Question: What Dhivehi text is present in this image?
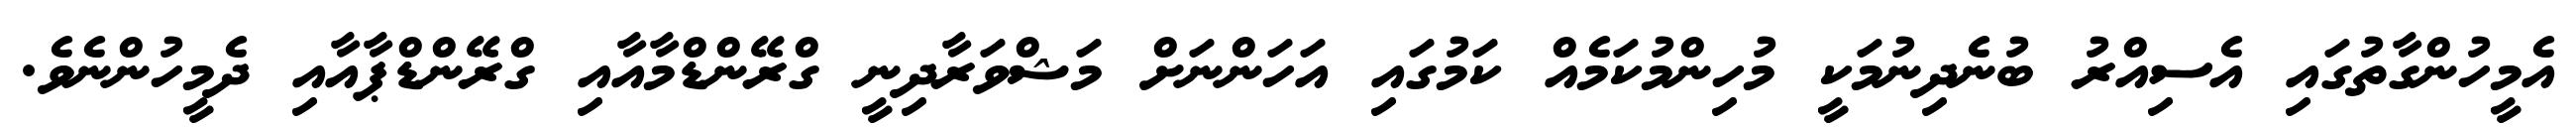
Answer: އެމީހުންގާތުގައި އެސިއްރު ބުނެދިނުމަކީ މުހިންމުކަމެއް ކަމުގައި އަހަންނަށް މަޝްވަރާދިނީ ގްރޭންޑްމާއާއި ގްރޭންޑްޕާއާއި ދެމީހުންނެވެ.